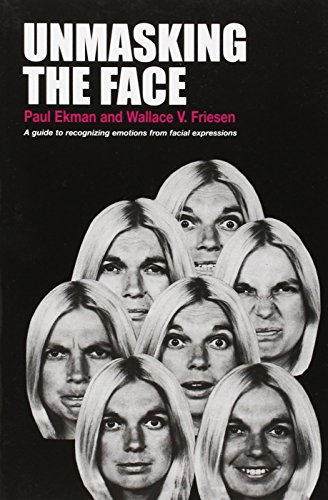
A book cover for Unmasking the Face: A Guide to Recognizing Emotions From Facial Expressions; Paul Ekman; Health, Fitness & Dieting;